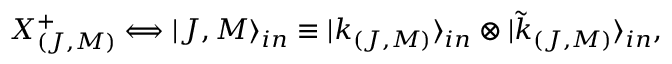
X _ { ( J , M ) } ^ { + } \Longleftrightarrow | J , M \rangle _ { i n } \equiv | k _ { ( J , M ) } \rangle _ { i n } \otimes | \tilde { k } _ { ( J , M ) } \rangle _ { i n } ,